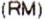
(RM)